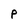
Character: P